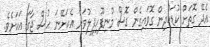
އެދޭ ގޮތަށް ކުޑަކުދިން ގޮވައިގެން ގޮސް މުނިފޫހިފިލުވަން އެކަށޭނަ ހުސް ޖާގަ އަކަށެވެ.